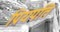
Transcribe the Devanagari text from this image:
प्रियपति